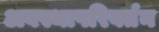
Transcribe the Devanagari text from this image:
अवस्थापरिवर्तन